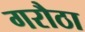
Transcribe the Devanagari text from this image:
गरौठा